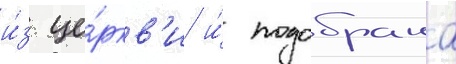
и́з це́ркв'и и́ подобрана